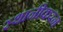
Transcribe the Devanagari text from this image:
स्थानीकरन